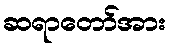
ဆရာတော်အား